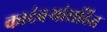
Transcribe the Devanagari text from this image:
कादंबर्‍यांसहित